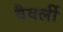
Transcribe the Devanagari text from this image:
वैवर्ली